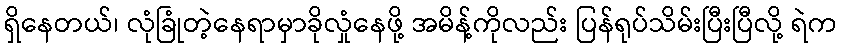
ရှိနေတယ်၊ လုံခြုံတဲ့နေရာမှာခိုလှုံနေဖို့ အမိန့်ကိုလည်း ပြန်ရုပ်သိမ်းပြီးပြီလို့ ရဲက